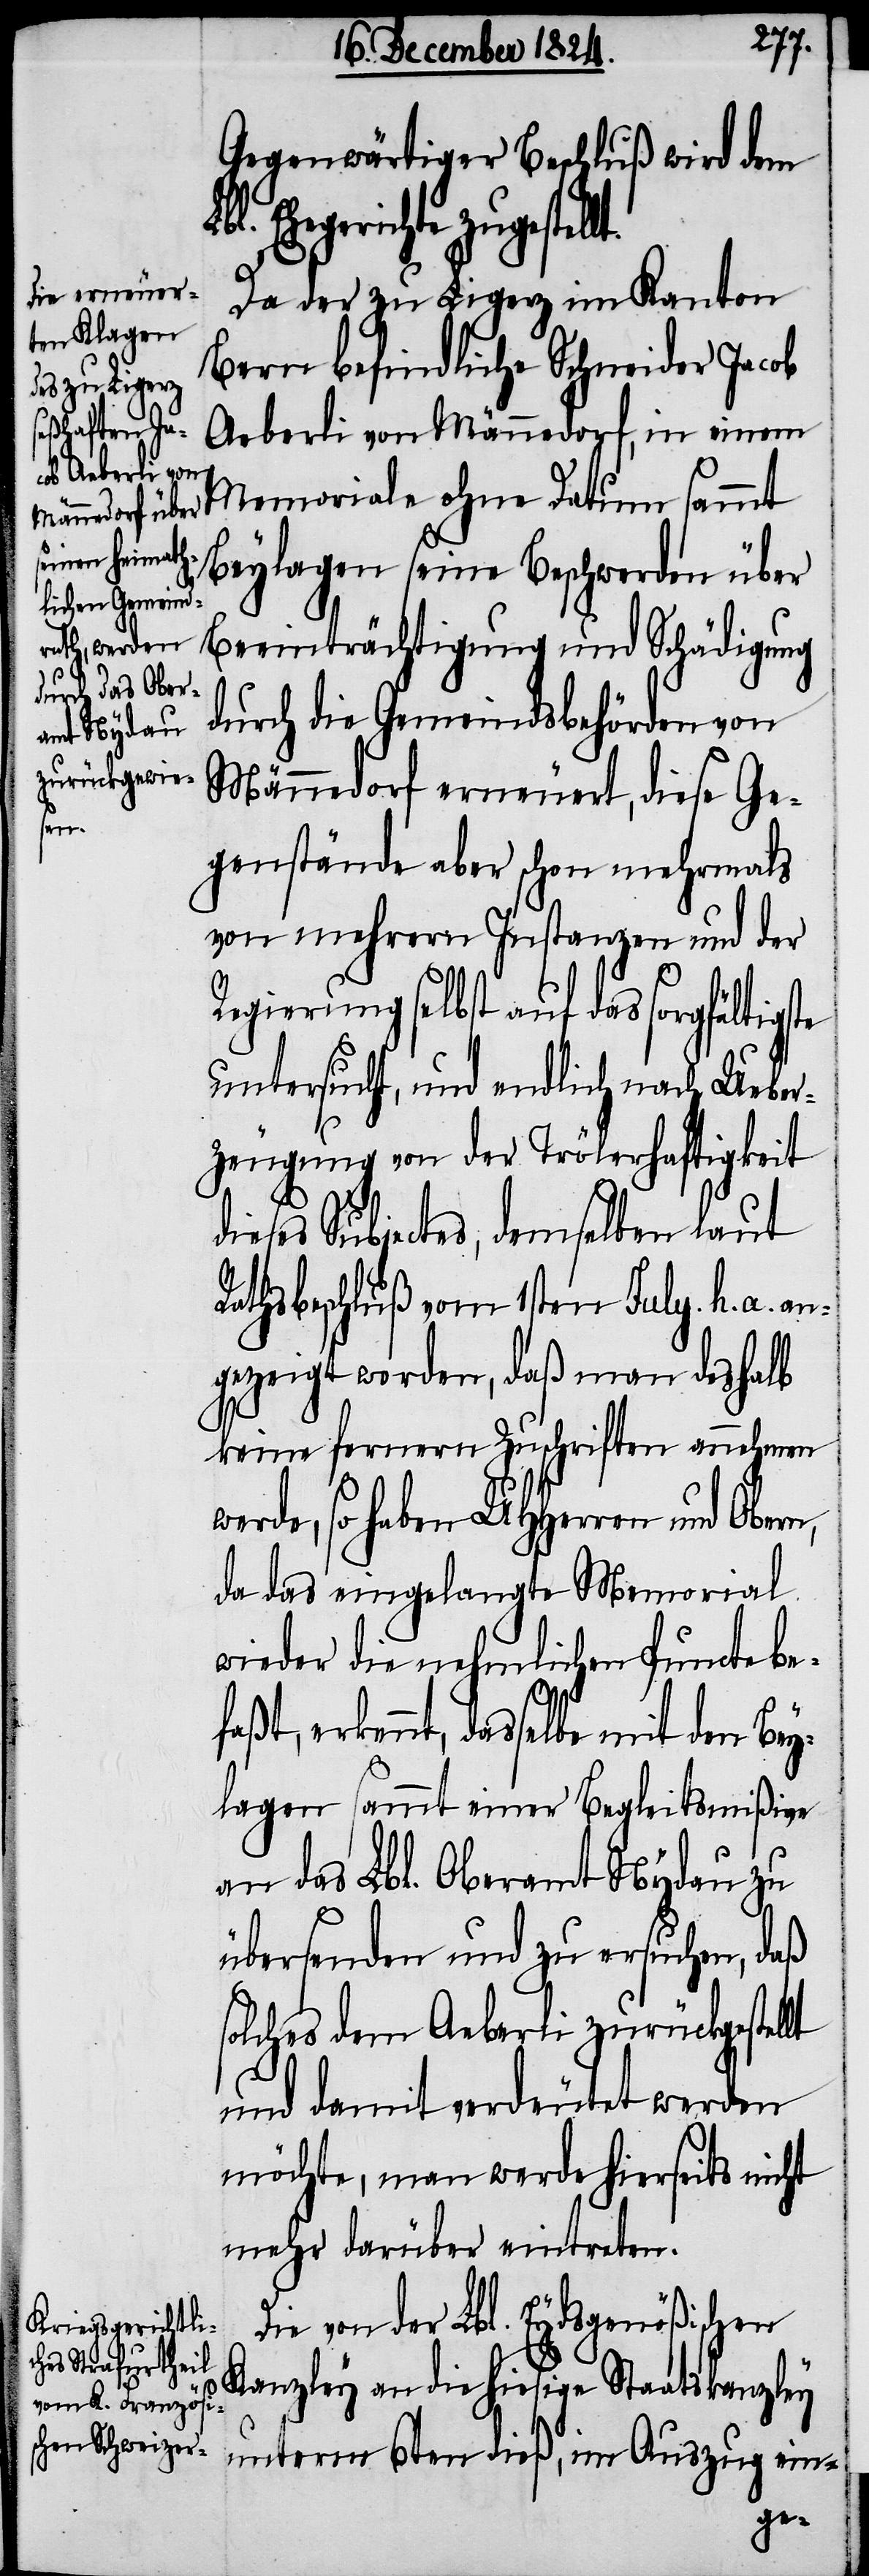
lt.
Gegenwärtiger Beschluß wird dem
Ehegericht zugestel¬
Da der zu Ligerz im Kanton
Bern befindliche Schneider Jacob
Aeberli von Männedorf, in einem
Memoriale ohne Datum sammt
Beylagen seine Beschwerden üb¬
er Beeinträchtigung und Schädigung
durch die Gemeindsbehörden von
Männedorf erneuert, diese Ge¬
genstände aber schon mehrmals
von mehrern Instanzen und der
Regierung selbst auf das sorgfältigste
untersucht, und endlich nach Ueber¬
zeugung von der Trölerhaftigkeit
dieser Subjectes, demselben laut
Rathsbeschluß vom 1sten July h. a. an¬
gezeigt werden, daß man deshalb
keine fernern Zuschriften annehmen
werde, so haben UHHerren und Obern,
da das eingelangte Memorial
wieder die nehmlichen Puncte
erkennt, dasselbe mit den Bey¬
lagen sammt einer Begleitsmißion
an das Lbl. Oberamt Nydau zu
übersenden und zu ersuchen, daß
solches dem Aeberli zurückgestellt
und damit verdeutet werden
möchte, man werde hierseits nicht
mehr darüber eintreten.
Die von der Lbl. Eydsgenößischen
Kanzley an die hiesige Staatskanzley
unterm 6ten dieß, im Auszug ein-